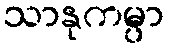
သာနုကမ္ပာ